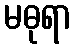
မဓုရာ